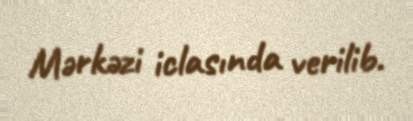
Mərkəzi iclasında verilib.